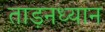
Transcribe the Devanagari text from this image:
ताड़नध्यान